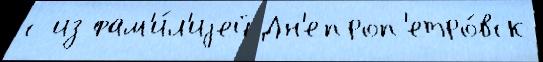
с из фам'и́л'иjей Дн'епроп'етро́вск